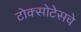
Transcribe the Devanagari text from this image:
टोक्सोटेसचे